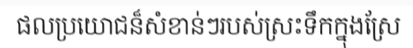
ផលប្រយោជន៏សំខាន់ៗរបស់ស្រះទឹកក្នុងស្រែ